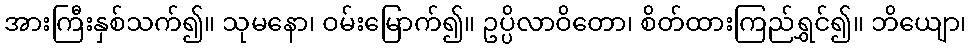
အားကြီးနှစ်သက်၍။ သုမနော၊ ဝမ်းမြောက်၍။ ဥပ္ပိလာဝိတော၊ စိတ်ထားကြည်ရွှင်၍။ ဘိယျော၊